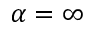
\alpha = \infty